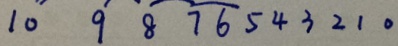
1 0 \widehat { 9 8 } \widehat { 7 } \widehat { 6 } 5 4 3 2 1 0